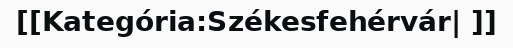
[[Kategória:Székesfehérvár| ]]